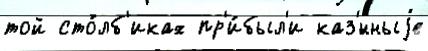
той сто́лб'иках пр'и́был'и каз'́нныjе